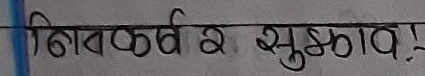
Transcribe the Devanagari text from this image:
निष्कर्ष र सुझाव!